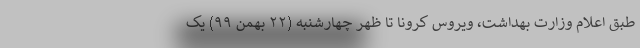
طبق اعلام وزارت بهداشت، ویروس کرونا تا ظهر چهارشنبه (۲۲ بهمن ۹۹) یک